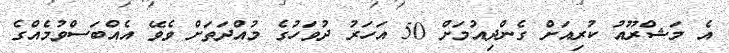
އެ މަޝްރޫއު ކުރިއަށް ގެންދިއުމަށް 50 އަހަރު ދުވަހުގެ މުއްދަތަށް ވެވޭ އެއްބަސްވުމެއްގެ